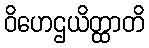
ဝိဟေဌယိတ္ထာတိ